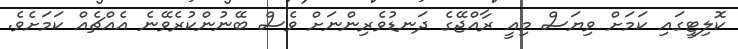
ކޮލިޓީގައި ކަމަށް ވިޔަސް މިއީ ރާއްޖޭގެ ދަނޑުވެރިންނަށް ވެސް ބޭނުންކުރެވޭނެ އެއްޗެއް ކަމަށެވެ.